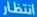
انتظار